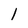
Character: l